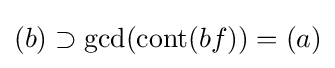
(b)\supset \operatorname {gcd} (\operatorname {cont} (bf))=(a)